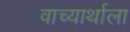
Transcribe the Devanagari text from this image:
वाच्यार्थाला